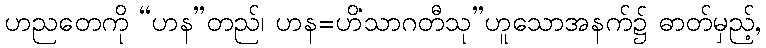
ဟညတေကို “ဟန”တည်၊ ဟန=ဟိံသာဂတီသု”ဟူသောအနက်၌ ဓာတ်မှည့်,